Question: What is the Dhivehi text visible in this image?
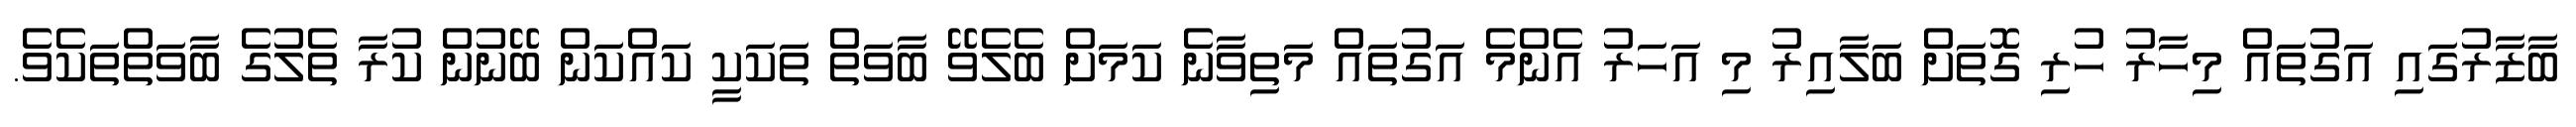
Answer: ބާޒާރުގައި އަގުތައް މިހާރު ހުރި ގޮތަށް ބަލާއިރު މި އަހަރު އެންމެ އަގުތައް މަތިވާނެ ކަމަށް ބެލެވޭ ބާވަތް ތަކަކީ ކައްކަން ބޭނުން ކުރާ ތެލުގެ ބާވަތްތަކެވެ.